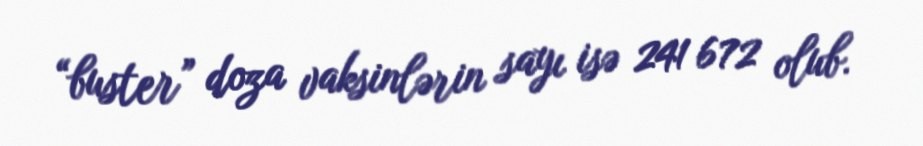
“buster” doza vaksinlərin sayı isə 241 672 olub.